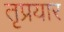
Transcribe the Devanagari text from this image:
तृप्रयार